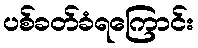
ပစ်ခတ်ခံရကြောင်း